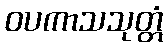
ဝပကာသသုတ္တံ